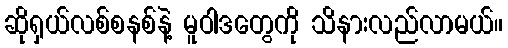
ဆိုရှယ်လစ်စနစ်နဲ့ မူဝါဒတွေကို သိနားလည်လာမယ်။